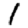
Digit: 1